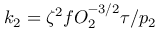
k _ { 2 } = \zeta ^ { 2 } f O _ { 2 } ^ { - 3 / 2 } \tau / p _ { 2 }